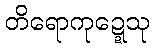
တိရောကုဍ္ဍေသု